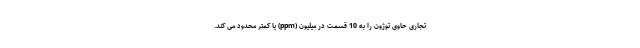
تجاری حاوی توژون را به 10 قسمت در میلیون (ppm) یا کمتر محدود می کند.